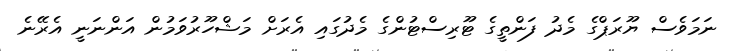
ނަމަވެސް ޔޫރަޕްގެ މެދު ފަންތީގެ ޓޫރިސްޓުންގެ މެދުގައި އެރަށް މަޝްހޫރުވަމުން އަންނަނީ އެރޭނެ